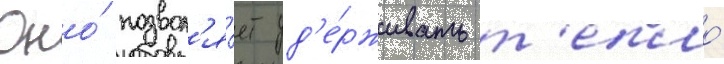
Оно́ позвол'я́ет уд'е́рживать т'епло́